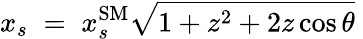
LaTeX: x_{s}\; =\; x_{s}^{\mathrm{SM}}\sqrt{1+z^{2}+2z\cos\theta}\;